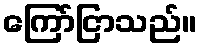
ကြော်ငြာသည်။